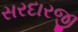
સરદારજી